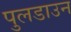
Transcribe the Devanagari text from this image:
पुलडाउन